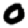
Digit: 0